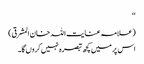
‘‘
(علامہ عنایت اللہ خان المشرقی)
اس پر میں کچھ تبصرہ نہیں کروں گا۔